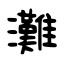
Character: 灘